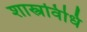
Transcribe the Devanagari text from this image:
शास्त्रविधि